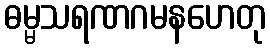
ဓမ္မသရဏဂမနဟေတု